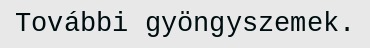
További gyöngyszemek.